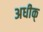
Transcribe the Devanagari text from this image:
अधीक्